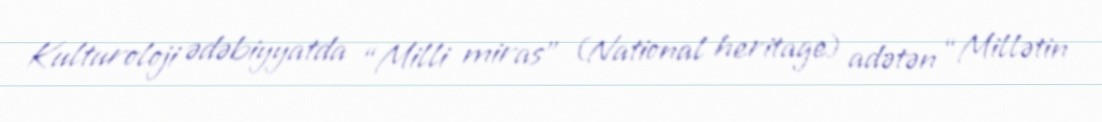
Kulturoloji ədəbiyyatda “Milli miras” (National heritage) adətən “Millətin